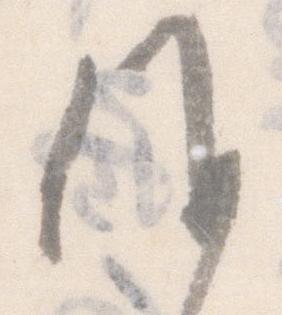
候